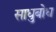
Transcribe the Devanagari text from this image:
साधुबोध